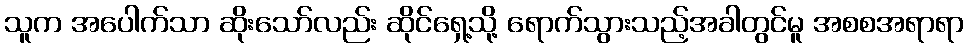
သူက အပေါက်သာ ဆိုးသော်လည်း ဆိုင်ရှေ့သို့ ရောက်သွားသည့်အခါတွင်မူ အစစအရာရာ